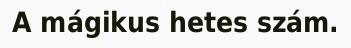
A mágikus hetes szám.